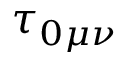
\tau _ { 0 \mu \nu }